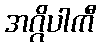
အဂ္ဂိပါကီ